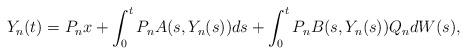
LaTeX: \begin{align*}Y_n(t) = P_n x +\int_0^t P_n A(s,Y_n(s))ds + \int_0^t P_n B(s,Y_n(s))Q_n dW(s),\end{align*}